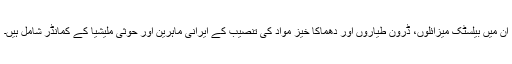
ان میں بیلسٹک میزائلوں، ڈرون طیاروں اور دھماکا خیز مواد کی تنصیب کے ایرانی ماہرین اور حوثی ملیشیا کے کمانڈر شامل ہیں۔